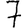
Digit: 7